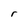
Character: r